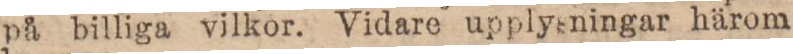
på billiga vilkor. Vidare upplysningar härom